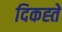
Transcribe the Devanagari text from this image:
दिकह्ते